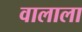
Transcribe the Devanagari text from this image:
वालाला